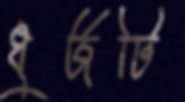
ধুর্জটি